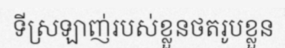
ទីស្រឡាញ់របស់ខ្លួនថតរូបខ្លួន